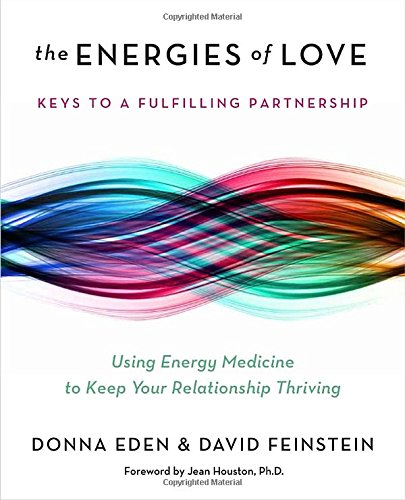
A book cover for The Energies of Love: Using Energy Medicine to Keep Your Relationship Thriving; Donna Eden; Health, Fitness & Dieting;